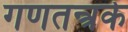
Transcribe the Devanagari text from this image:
गणतन्त्रके